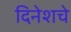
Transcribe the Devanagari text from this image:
दिनेशचे